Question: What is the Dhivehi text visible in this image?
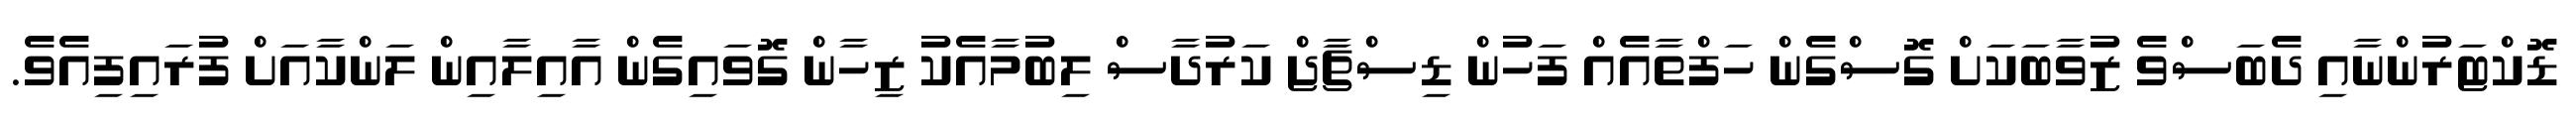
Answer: ޑޮކްޓަރުންނާއި ދެބަސްވެ ޒުވާބަކަށް ގޮސްގެން ހަފްތާއެއް ފަހުން ޑިސްޗާޖް ކަރުދާސް ލިބުމާއެކު ޒިހާން ގޮވައިގެން އާއިލާއިން ލަންކާއަށް ފުރައިފިއެވެ.